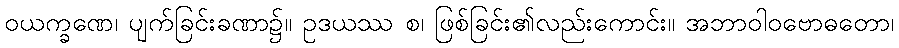
ဝယက္ခဏေ၊ ပျက်ခြင်းခဏာ၌။ ဥဒယဿ စ၊ ဖြစ်ခြင်း၏လည်းကောင်း။ အဘာဝါဝဗောဓတော၊